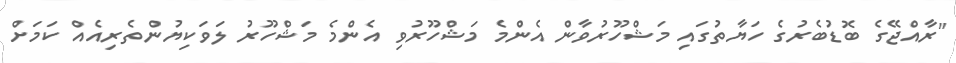
"ރާއްޖޭގެ ބޮޑުބެރުގެ ހަޔާތުގައި މަޝްހޫރުވާން އެންމެ މަޝްހޫރުވި އެންމެ މަޝްހޫރު ލަވަކިޔުންތެރިއެއް ކަމަށް